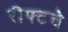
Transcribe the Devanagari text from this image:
रीफ्टचे